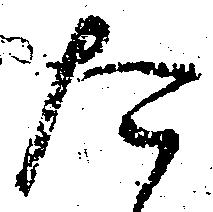
た